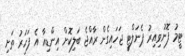
ޓީމު ފޮނުވިއިރު ޕެނަލްޓީ ޖަހައިގެން ރާއްޖެ ބަލިކޮށް އިންޑިއާ އެ ފަހަރު ތަށި